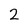
Character: 2